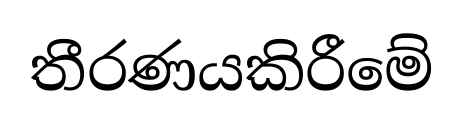
තීරණයකිරීමේ